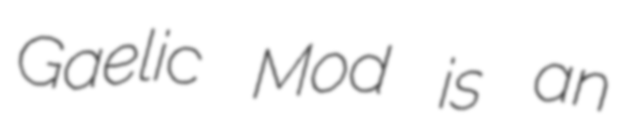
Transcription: Gaelic Mod is an